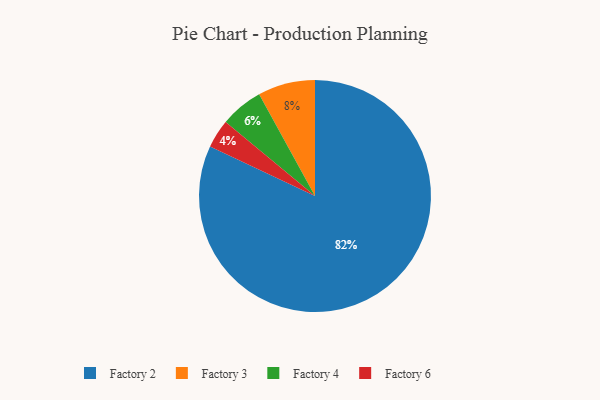
{"axis": {"x": "Category", "y": "Percentage"}, "legend": ["Factory 2", "Factory 3", "Factory 4", "Factory 6"], "data": [{"x": "Factory 6", "y": 4, "type": "Factory 6"}, {"x": "Factory 2", "y": 82, "type": "Factory 2"}, {"x": "Factory 4", "y": 6, "type": "Factory 4"}, {"x": "Factory 3", "y": 8, "type": "Factory 3"}]}